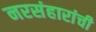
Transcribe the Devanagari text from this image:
नरसंहारांची